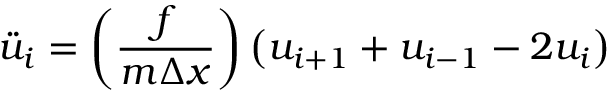
{ \ddot { u } } _ { i } = \left( { \frac { f } { m \Delta x } } \right) \left( u _ { i + 1 } + u _ { i - 1 } - 2 u _ { i } \right)